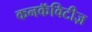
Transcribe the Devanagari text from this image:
कनकॅविटीज़